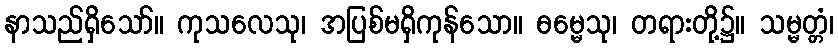
နာသည်ရှိသော်။ ကုသလေသု၊ အပြစ်မရှိကုန်သော။ ဓမ္မေသု၊ တရားတို့၌။ သမ္မတ္တံ၊